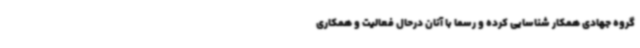
گروه جهادی همکار شناسایی کرده و رسما با آنان درحال فعالیت و همکاری